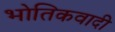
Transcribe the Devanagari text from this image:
भोतिकवादी